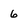
Character: 6